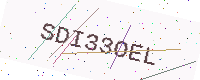
Text: SDI33OEL